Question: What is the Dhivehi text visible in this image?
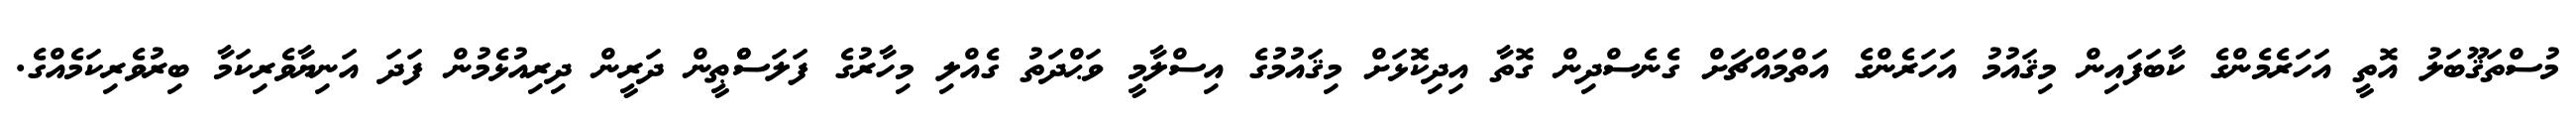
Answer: މުސްތަޤޫބަލު އޮތީ އަހަރެމެންގެ ކާބަފައިން މިޤައުމު އަހަރެންގެ އަތްމައްޗަށް ގެނެސްދިން ގޮތާ އިދިކޮޅަށް މިޤައުމުގެ އިސްލާމީ ވަޙްދަތު ގެއްލި މިހާރުގެ ފަލަސްްޠީން ދަރީން ދިރިއުޅެމުން ފަދަ އަނިޔާވެރިކަމާ ބިރުވެރިކަމެއްގެ.